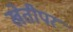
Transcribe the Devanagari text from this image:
खेतीपर